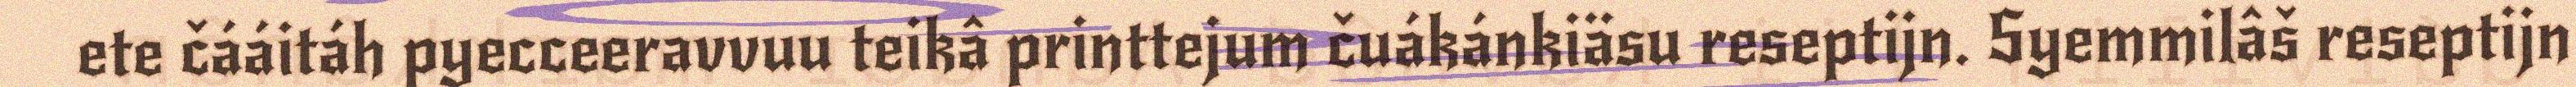
ete čááitáh pyecceeravvuu teikâ printtejum čuákánkiäsu reseptijn. Syemmilâš reseptijn